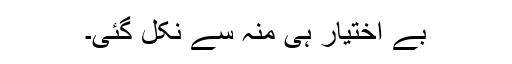
بے اختیار ہی منہ سے نکل گئی۔